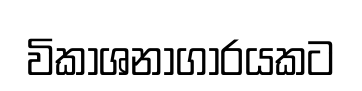
විකාශනාගාරයකට